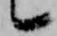
候